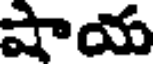
షాయ